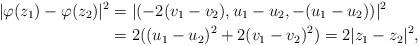
LaTeX: \begin{align*}| \varphi(z_1) -\varphi(z_2) |^2&=| (-2(v_1 - v_2), u_1 - u_2, -(u_1-u_2)) | ^2 \\&=2((u_1-u_2)^2 + 2(v_1 - v_2)^2) =2|z_1 - z_2|^2,\end{align*}